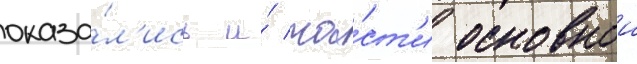
оказа́л'ись и́ ча́ст'и основнои